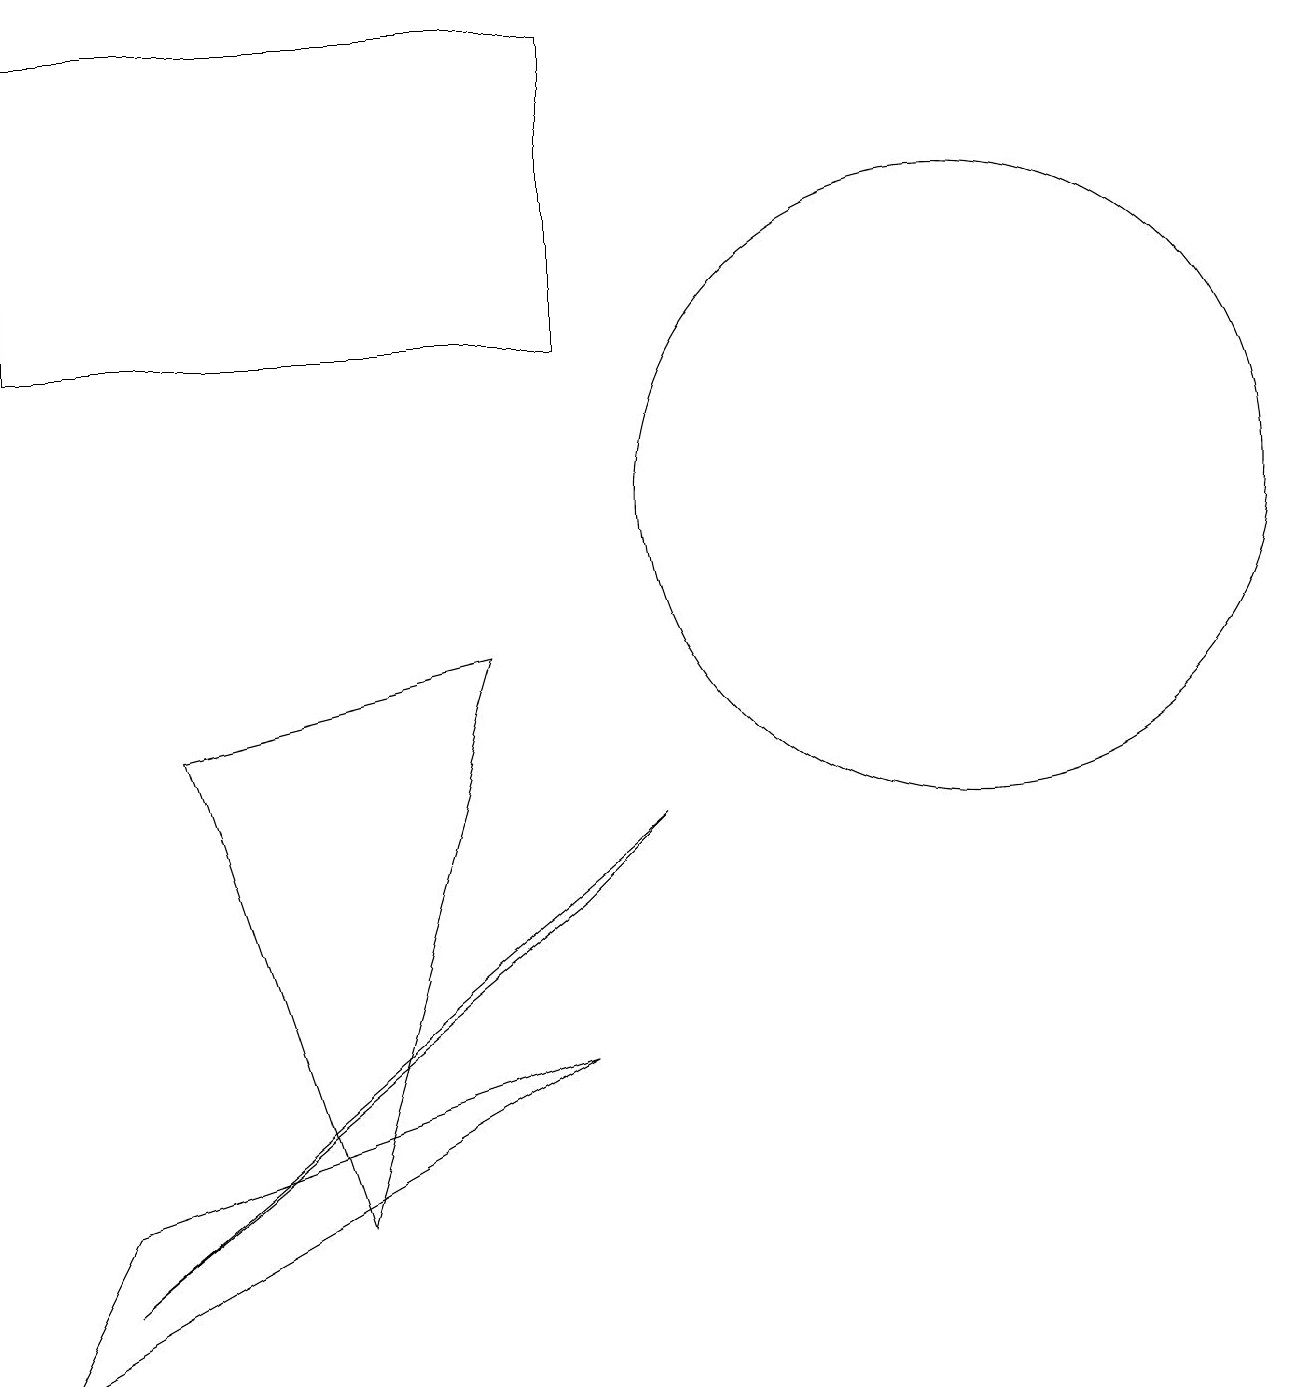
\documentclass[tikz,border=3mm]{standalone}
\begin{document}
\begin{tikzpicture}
\draw (7,13) rectangle (0,17);
\draw (6,9) -- (4,2) -- (2,8) -- cycle;
\draw (7,4) -- (0,0) -- (1,2) -- cycle;
\draw (12,11) circle (4);
\draw (7,6) -- (1,1) -- (8,7) -- cycle;
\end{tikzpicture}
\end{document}